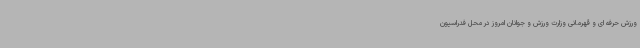
ورزش حرفه ای و قهرمانی وزارت ورزش و جوانان امروز در محل فدراسیون